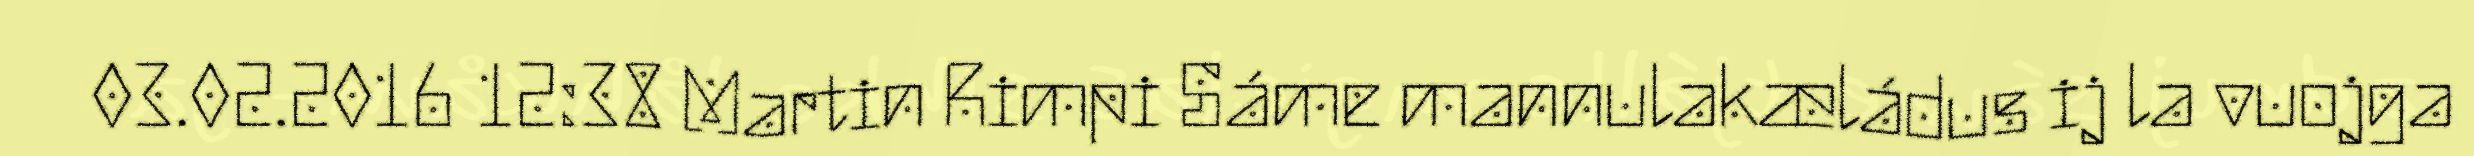
03.02.2016 12:38 Martin Rimpi Sáme mannulakæládus ij la vuojga